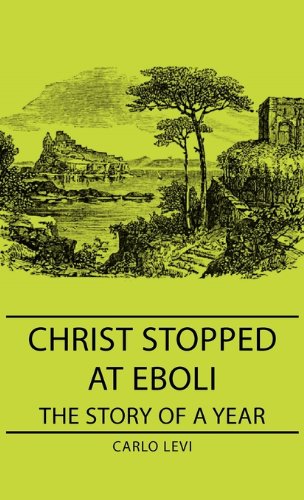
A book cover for Christ Stopped at Eboli - The Story of a Year; Carlo Levi; Politics & Social Sciences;